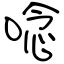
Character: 唸